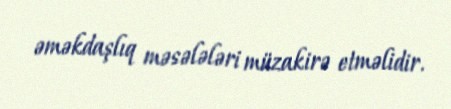
əməkdaşlıq məsələləri müzakirə etməlidir.